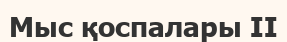
Мыс қоспалары ІІ